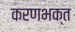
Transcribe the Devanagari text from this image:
करणभक्त